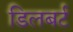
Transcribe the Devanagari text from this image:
डिलबर्ट